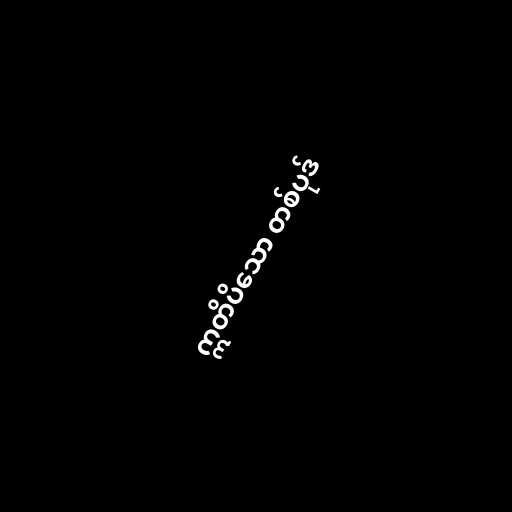
ဣတိပိသော တစ်ပုဒ်